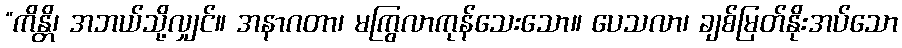
“ကိန္တိ၊ အဘယ်သို့လျှင်။ အနာဂတာ၊ မကြွလာကုန်သေးသော။ ပေသလာ၊ ချစ်မြတ်နိုးအပ်သော